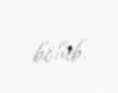
bölüb.